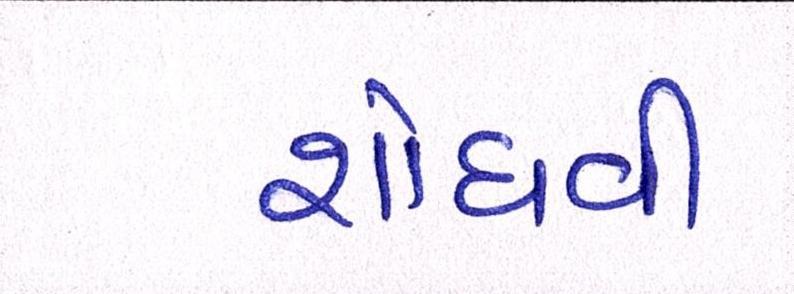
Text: શોધવી